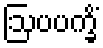
ဩပပက္ခိံ